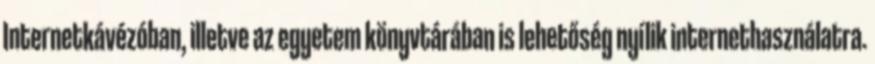
Internetkávézóban, illetve az egyetem könyvtárában is lehetőség nyílik internethasználatra.